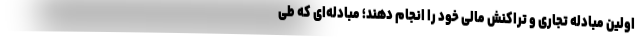
اولین مبادله تجاری و تراکنش مالی خود را انجام دهند؛ مبادله‌ای که طی